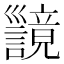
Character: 𫶪